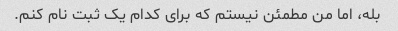
بله، اما من مطمئن نیستم که برای کدام یک ثبت نام کنم.